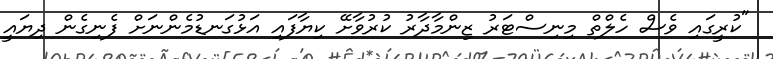
"ކުރީގައި ވެސް ހެލްތް މިނިސްޓަރު ޒިންމާދާރު ކުރުވާށޭ ކިޔާފައި އަޅުގަނޑުމެންނަށް ފެނިގެން ދިޔައީ